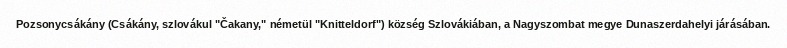
Pozsonycsákány (Csákány, szlovákul "Čakany," németül "Knitteldorf") község Szlovákiában, a Nagyszombat megye Dunaszerdahelyi járásában.